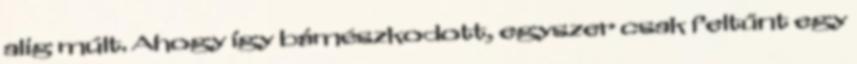
alig múlt. Ahogy így bámészkodott, egyszer csak feltűnt egy